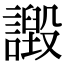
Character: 譭